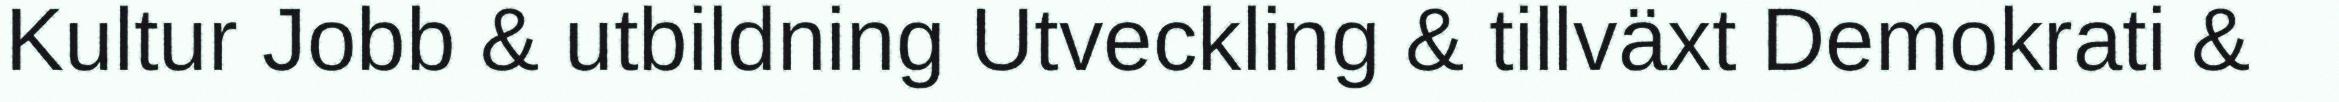
Kultur Jobb & utbildning Utveckling & tillväxt Demokrati &